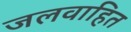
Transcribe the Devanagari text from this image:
जलवाहित